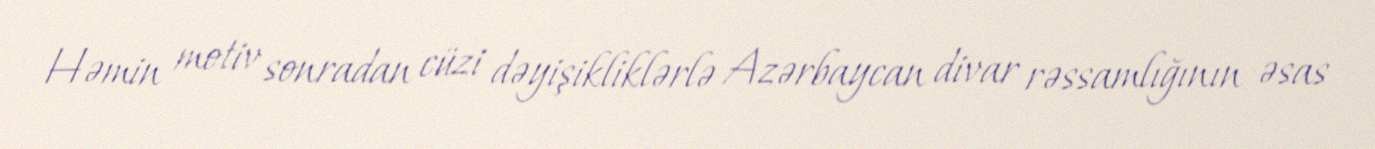
Həmin motiv sonradan cüzi dəyişikliklərlə Azərbaycan divar rəssamlığının əsas